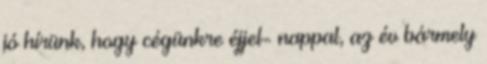
jó hírünk, hogy cégünkre éjjel- nappal, az év bármely